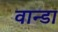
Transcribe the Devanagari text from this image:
वान्डा